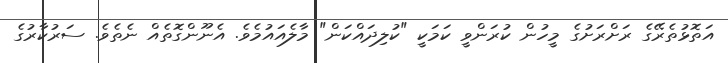
އަތޮޅުތެރޭގެ ރަށްރަށުގެ މީހުން ކުރަންވީ ކަމަކީ "ކުލިދައްކަން" މާލެއައުމެވެ. އެނޫންގޮތެއް ނެތެވެ. ސަރުކާރުގެ